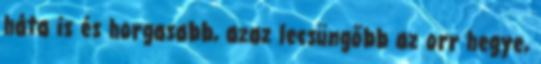
háta is és horgasabb, azaz lecsüngőbb az orr hegye,